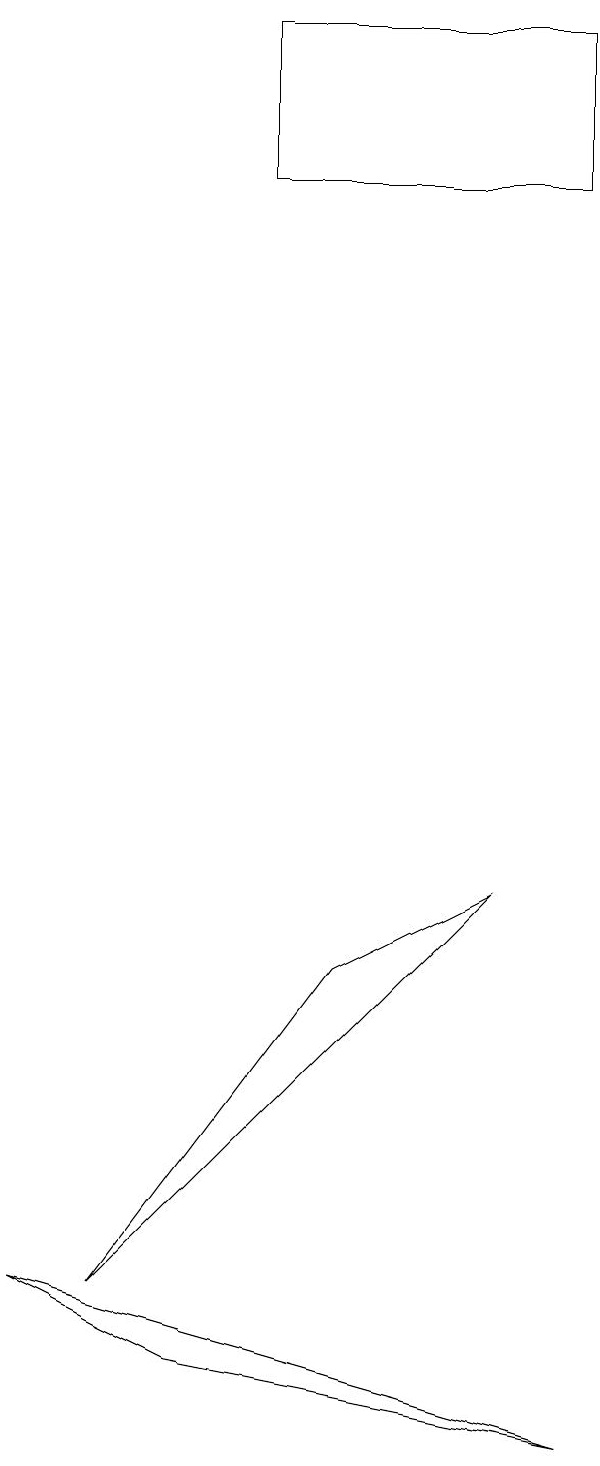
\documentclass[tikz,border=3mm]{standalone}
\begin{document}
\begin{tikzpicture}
\draw (5,6) -- (7,7) -- (2,2) -- cycle;
\draw (3,1) -- (8,0) -- (1,2) -- cycle;
\draw (4,16) rectangle (8,18);
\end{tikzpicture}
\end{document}